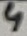
Text: 4